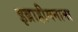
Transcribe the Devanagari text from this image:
इब्राहीमनामा